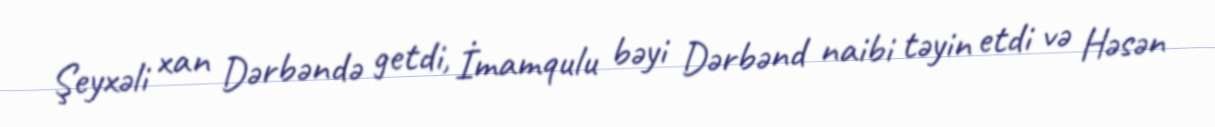
Şeyxəli xan Dərbəndə getdi, İmamqulu bəyi Dərbənd naibi təyin etdi və Həsən